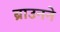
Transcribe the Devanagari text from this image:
ब्राउनने